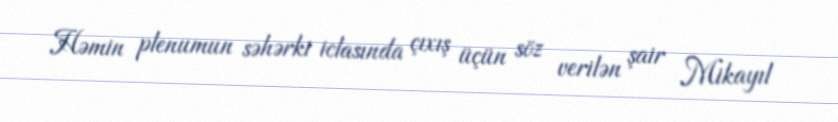
Həmin plenumun səhərki iclasında çıxış üçün söz verilən şair Mikayıl